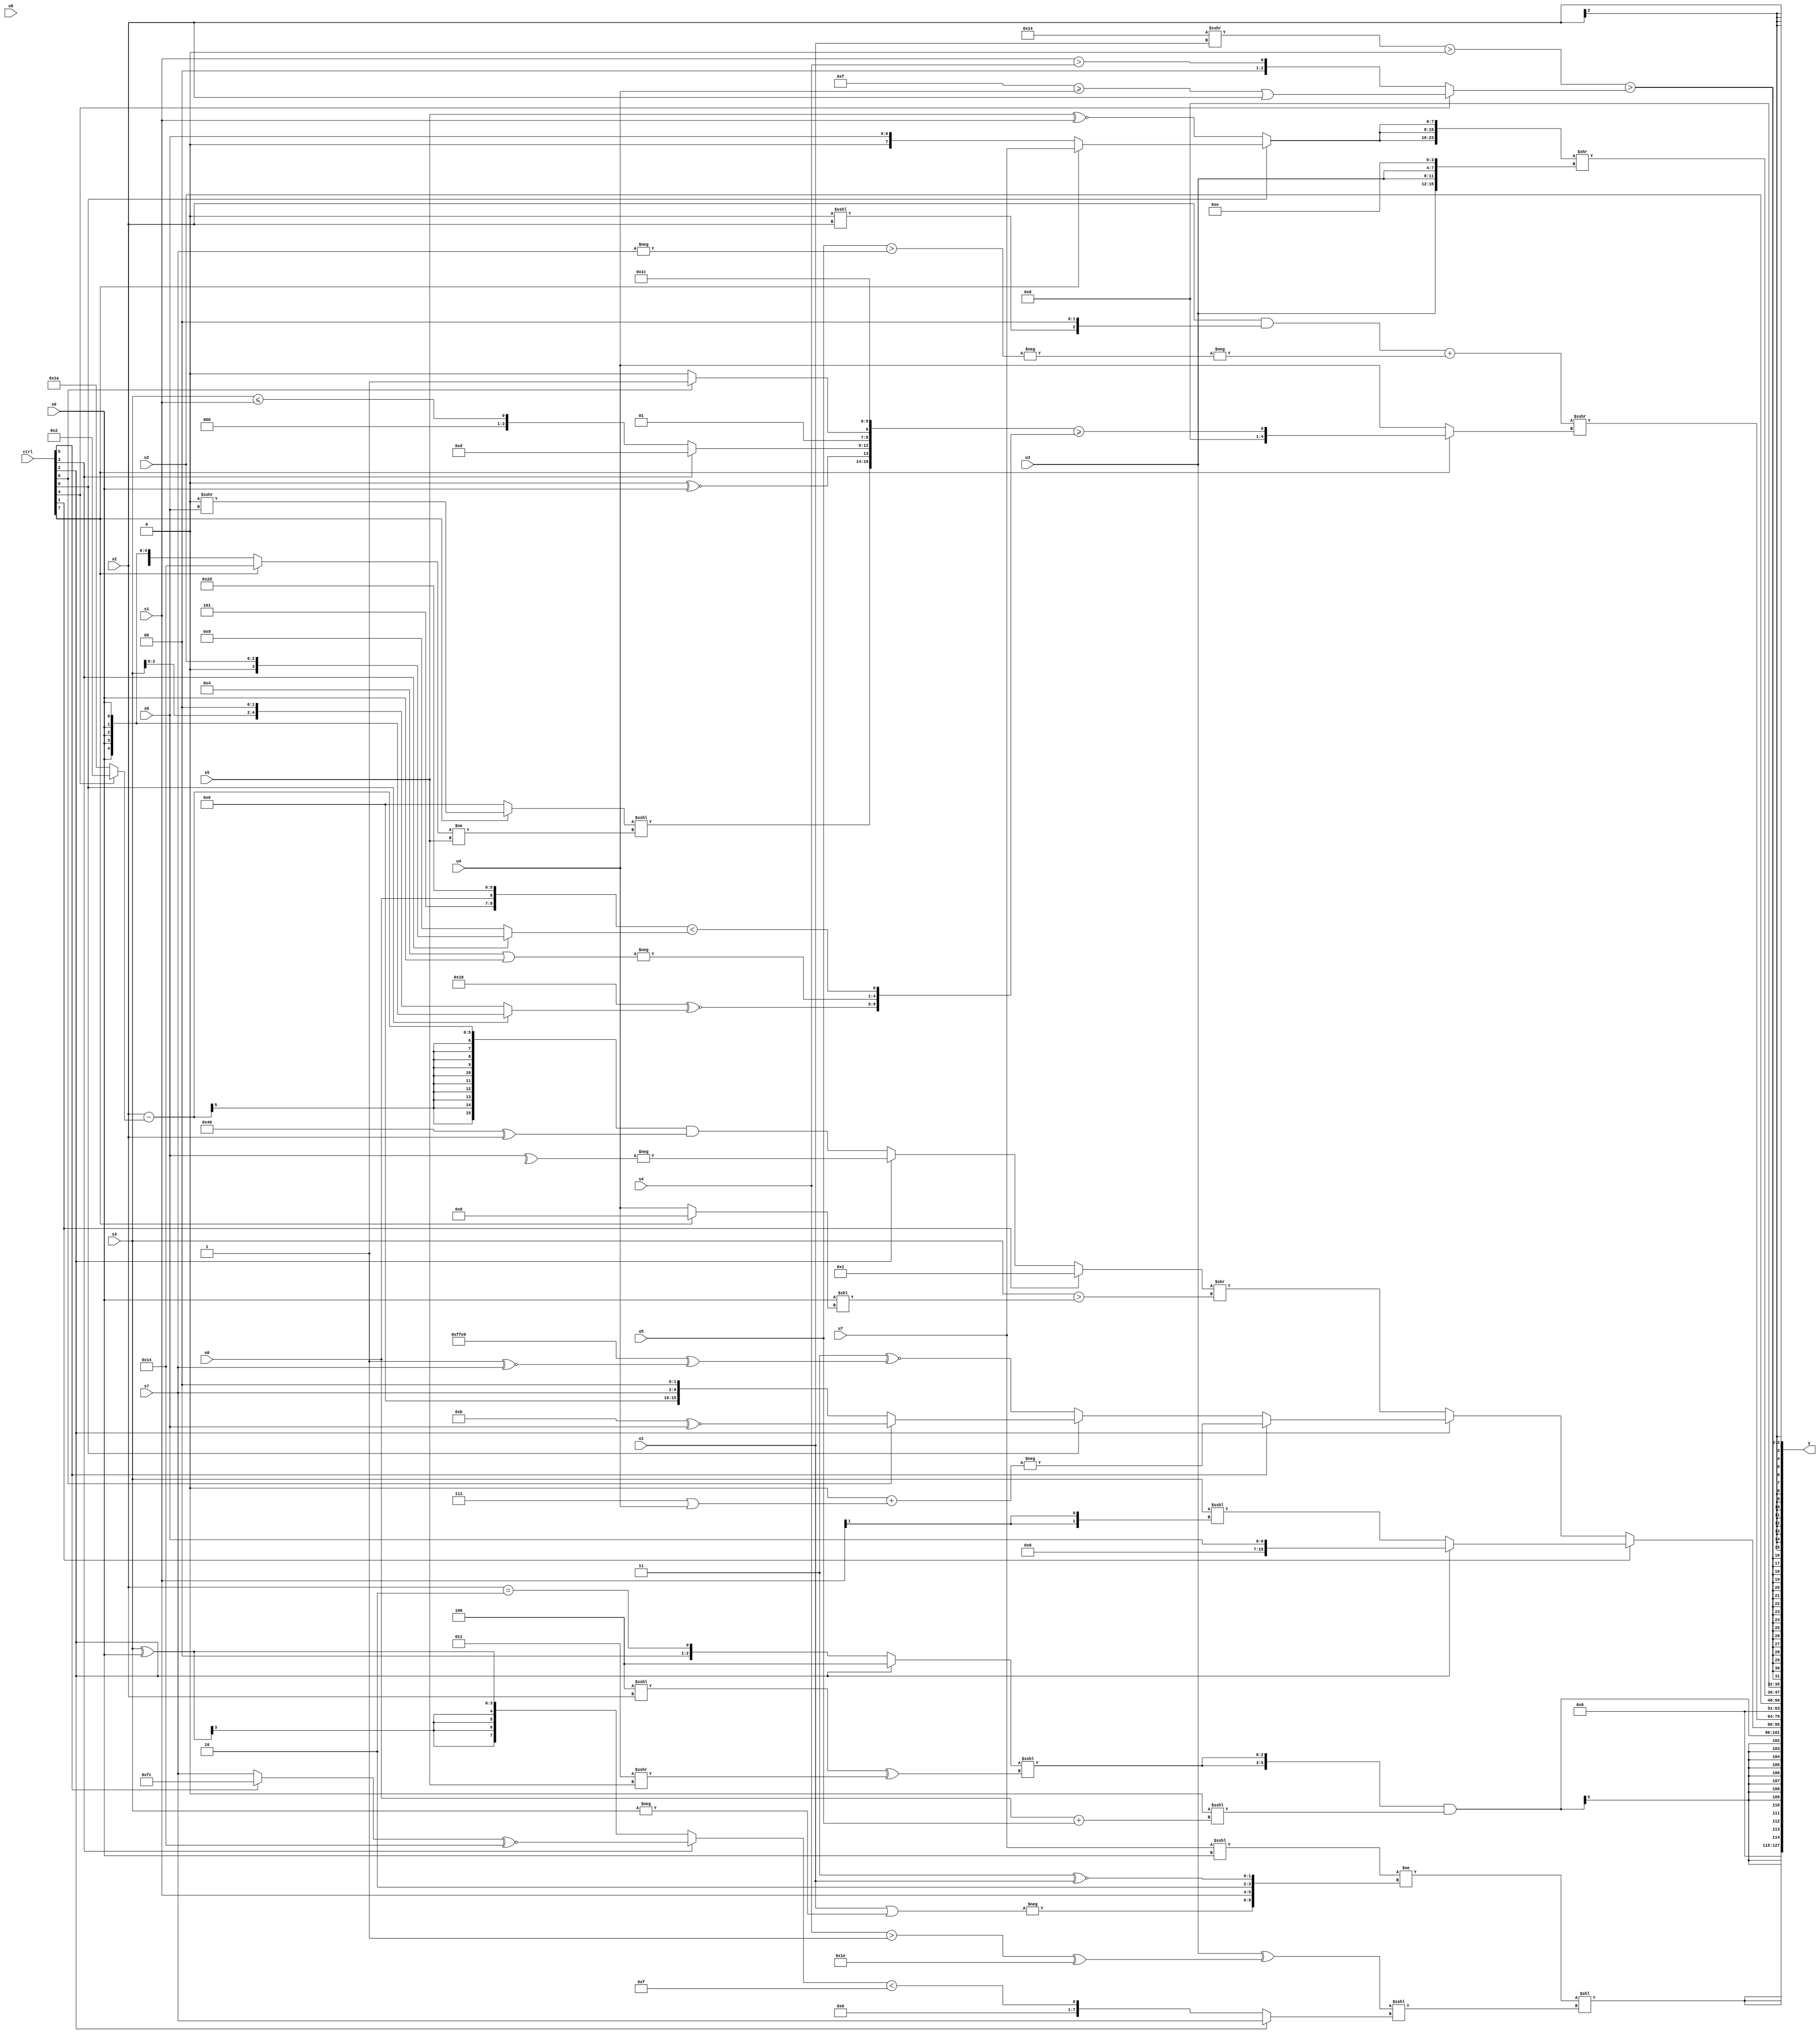
module wideexpr_00029(ctrl, u0, u1, u2, u3, u4, u5, u6, u7, s0, s1, s2, s3, s4, s5, s6, s7, y);
  input [7:0] ctrl;
  input [0:0] u0;
  input [1:0] u1;
  input [2:0] u2;
  input [3:0] u3;
  input [4:0] u4;
  input [5:0] u5;
  input [6:0] u6;
  input [7:0] u7;
  input signed [0:0] s0;
  input signed [1:0] s1;
  input signed [2:0] s2;
  input signed [3:0] s3;
  input signed [4:0] s4;
  input signed [5:0] s5;
  input signed [6:0] s6;
  input signed [7:0] s7;
  output [127:0] y;
  wire [15:0] y0;
  wire [15:0] y1;
  wire [15:0] y2;
  wire [15:0] y3;
  wire [15:0] y4;
  wire [15:0] y5;
  wire [15:0] y6;
  wire [15:0] y7;
  assign y = {y0,y1,y2,y3,y4,y5,y6,y7};
  assign y0 = {3{$signed((($unsigned((u7)<<<(s0)))!=({$signed(-(($signed(u1))|(-(s3)))),+(s1),2'sb10,(2'b11)^~(u1)}))<<(((u3)^(((+(s4))>(1'sb1))^(({1{5'b10111}})^~(-((5'sb00101)<<<(1'b1))))))<<<((ctrl[2]?s7:((ctrl[3]?((ctrl[5]?4'sb1100:s7))^~((6'sb010101)-(3'sb001)):(s3)^(s0)))<(5'sb01111)))))}};
  assign y1 = $signed(({2{((ctrl[2]?3'sb100:(s2)==(2'b10)))<<<(((5'sb11100)<<<(s2))^((3'sb011)>>>(s5)))}})&(({2{~^(-(3'b001))}})<<<({1{($signed(u0))+($signed(u5))}})));
  assign y2 = (ctrl[1]?(ctrl[2]?s6:(s3)<<<((s1)>>>($signed(6'sb101011)))):(ctrl[2]?+((ctrl[5]?-(+((^(1'sb0))+((6'b000111)|(u4)))):(ctrl[0]?+((ctrl[6]?(4'sb1011)^~(s6):(s7)<<<(5'sb00010))):($signed((2'sb10)^~(2'sb10)))^~((-(6'b010111))^((2'sb01)^~(s7)))))):((ctrl[1]?$signed(-(1'sb1)):(ctrl[2]?-(^(s6)):((s2)-((ctrl[4]?2'sb10:6'sb011010)))&(((1'sb1)<<<(4'sb0110))^(s2)))))>>(^((+(s3))>(($unsigned(s0))<<($signed((ctrl[7]?2'sb00:u4))))))));
  assign y3 = (((s2)&($signed({$unsigned((1'b0)<<<(s2)),((1'b0)|(u1))<<<(2'sb10)})))+(+(-(-((+(u5))>(-(s7)))))))>>>((ctrl[7]?({((ctrl[7]?(2'sb00)>>>(s6):(6'sb000000)>>>(5'sb10100)))<<<(((ctrl[7]?6'sb010100:s0))!=($signed(s5))),($signed((1'sb0)^~(s0)))>>((s7)<<<(6'sb011110)),{(ctrl[3]?4'b1101:(s3)<=(s1)),$signed((ctrl[6]?2'b11:3'b010)),$signed(^(3'sb011))},{1{{5'sb11100}}}})>=({(5'sb10000)^~((ctrl[0]?$signed(s0):(s3)<<<(3'sb010))),-((4'sb0100)|((s0)>>>(6'sb101110))),($signed({4'sb0101,u0,6'b101101}))<((ctrl[3]?u2:$signed(4'sb1001)))}):u4));
  assign y4 = u2;
  assign y5 = {$signed(((ctrl[1]?(ctrl[0]?u1:s5):~^(s1)))>>>((+(6'b100000))<<(1'sb1))),{$signed($signed((5'sb10000)&(6'sb001001))),1'sb0},({3{(ctrl[0]?(ctrl[7]?u7:s6):(s5)^~(s1))}})>>($unsigned({(1'b0)<<(1'b0),{3{u3}},{2'sb11},+(2'sb10)})),$unsigned((+({2{2'sb01}}))<<((^(2'b01))+({3{3'sb101}})))};
  assign y6 = $signed((($unsigned((5'sb10100)>>>(u1)))>((3'sb000)<<(-(2'sb11))))>((ctrl[4]?((5'sb01111)>=(u4))|($signed(s2)):{(s1)>(s4)})));
  assign y7 = s2;
endmodule